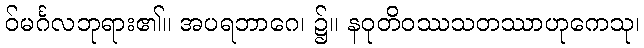
ဝ်မင်္ဂလဘုရား၏။ အပရဘာဂေ၊ ၌။ နဝုတိဝဿသတဿာဟုကေသု၊